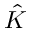
\hat { K }